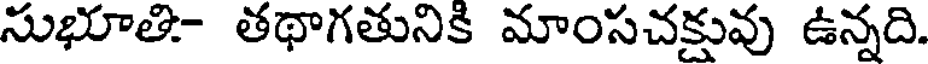
సుభూతి- తథాగతునికి మాంసచక్షువు ఉన్నది.